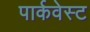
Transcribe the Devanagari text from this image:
पार्कवेस्ट